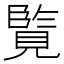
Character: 𮗘